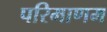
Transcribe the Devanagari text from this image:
परिमाणम